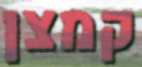
קמצן